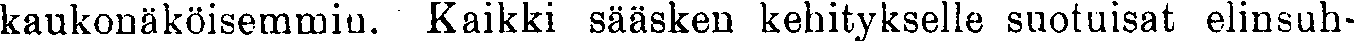
kaukonäköisemmin. Kaikki sääsken kehitykselle suotuisat elinsuh-